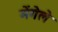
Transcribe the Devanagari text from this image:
मेंगेले